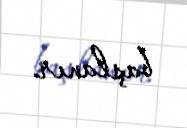
başlanır.